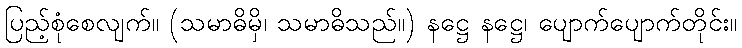
ပြည့်စုံစေလျက်။ (သမာဓိမှိ၊ သမာဓိသည်။) နဋ္ဌေ နဋ္ဌေ၊ ပျောက်ပျောက်တိုင်း။